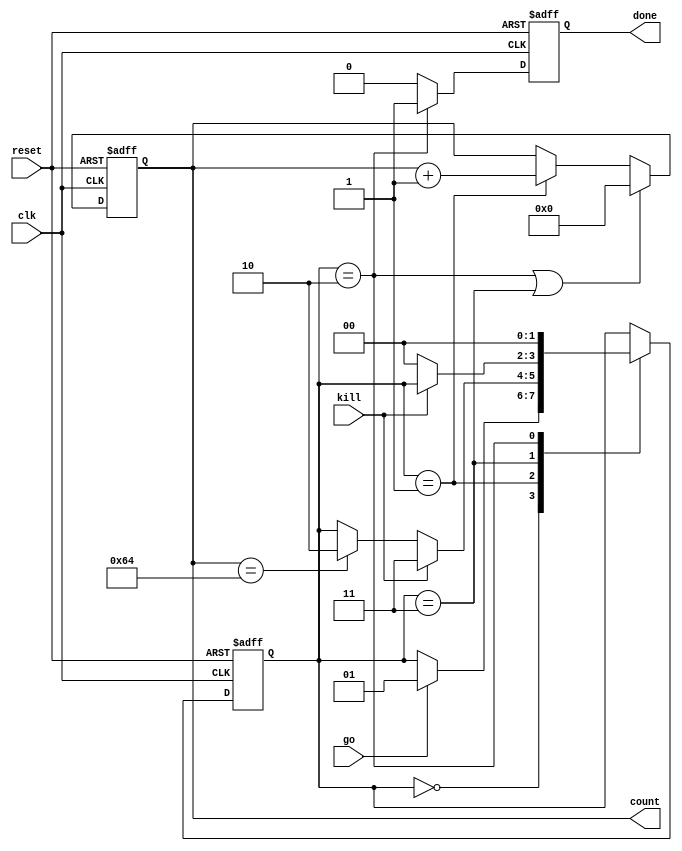
module state_machine_1 (
    input go, kill, clk, reset,
    output reg [6:0] count,
    output reg done
);

// internal signal
reg [1:0] state_reg;

// parameters state machine
parameter idle = 2'b00;
parameter active = 2'b01;
parameter finish = 2'b10;
parameter abort = 2'b11;

// state machine
always @(posedge clk or posedge reset) begin
    if (reset) begin
        state_reg <= idle;

    end else begin
        case (state_reg)
            idle: 
            if (go) begin
                state_reg <= active;
            end

            active: 
            if (kill) begin
                state_reg <= abort;
            end
            else if (count == 7'd100) begin
                state_reg <= finish;
            end

            abort:
            if (!kill) begin
                state_reg <= idle;
            end

            finish:
                state_reg <= idle;

            default: 
                state_reg <= idle;
        endcase
    end
end

// counter
always @(posedge clk or posedge reset) begin
    if (reset) begin
        count <= 7'h00;
    end
    else if (state_reg == finish || state_reg == abort) begin
        count <= 7'h00;
    end
    else if (state_reg == active) begin
        count <= count + 1;
    end
end

// register
always @(posedge clk or posedge reset) begin
    if (reset) begin
        done <= 1'b0;
    end else if (state_reg == finish) begin
        done <= 1'b1;
    end else begin
        done <= 1'b0;
    end
end

endmodule